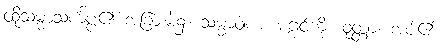
ထိုသမ္မာသင်္ကပ္ပ၏ အခြားမဲ့၌။ သမ္မာဝါစာ၊ မဂ္ဂင်ကို။ ဝုတ္တာ၊ အပ်၏။